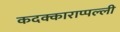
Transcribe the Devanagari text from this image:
कदक्काराप्पल्ली